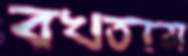
বখতাম